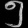
Digit: ၅